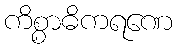
ကိစ္စာဓိကရဏေ